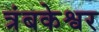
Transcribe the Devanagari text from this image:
त्रंबकेश्वर